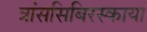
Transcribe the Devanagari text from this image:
त्रांससिबिरस्काया